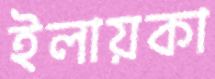
ইলায়কা